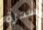
سحرة